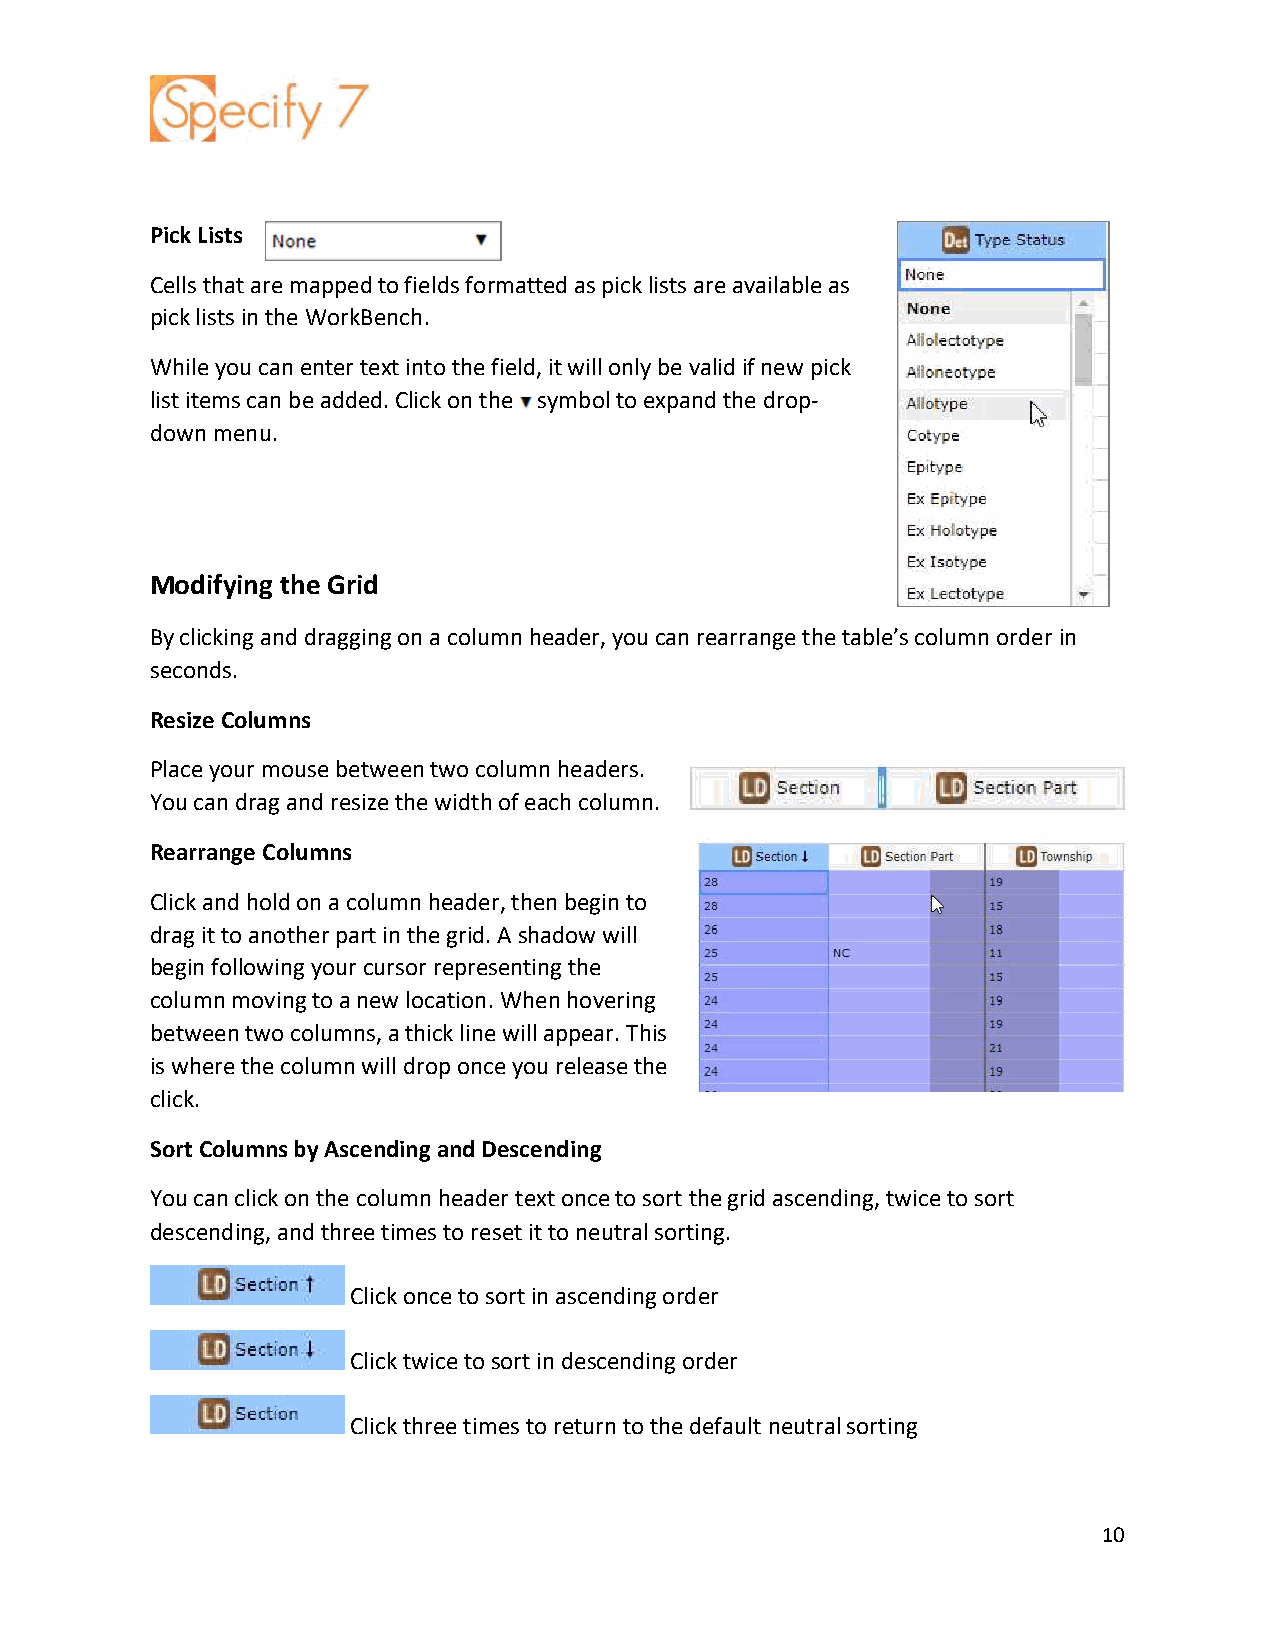
Pick Lists
 Cells that are mapped to fields formatted as pick lists are available as
 pick lists in the WorkBench.
 While you can enter text into the field, it will only be valid if new pick
 list items can be added. Click on the symbol to expand the drop-
 down menu.
 Modifying the Grid
 By clicking and dragging on a column header, you can rearrange the table’s column order in
 seconds.
 Resize Columns
 Place your mouse between two column headers.
 You can drag and resize the width of each column.
 Rearrange Columns
 Click and hold on a column header, then begin to
 drag it to another part in the grid. A shadow will
 begin following your cursor representing the
 column moving to a new location. When hovering
 between two columns, a thick line will appear. This
 is where the column will drop once you release the
 click.
 Sort Columns by Ascending and Descending
 You can click on the column header text once to sort the grid ascending, twice to sort
 descending, and three times to reset it to neutral sorting.
 Click once to sort in ascending order
 Click twice to sort in descending order
 Click three times to return to the default neutral sorting
 10